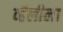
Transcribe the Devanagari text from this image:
व्हॅलीला